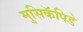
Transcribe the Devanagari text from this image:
मुसिकॅपिडे